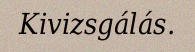
Kivizsgálás.